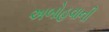
અબોહવાની